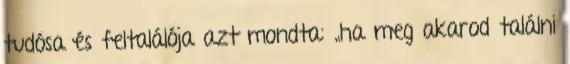
tudósa és feltalálója azt mondta: „ha meg akarod találni